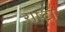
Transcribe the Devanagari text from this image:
राष्ट्रा